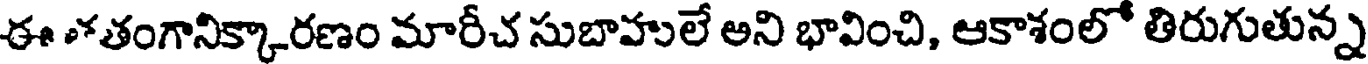
ఈ శతంగానిక్కారణం మారీచ సుబాహులే అని భావించి, ఆకాశంలో తిరుగుతున్న